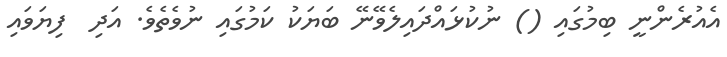
އެއުރެންނީ ބިމުގައި () ނުކުޅައްދައިލެވޭނޭ ބަޔަކު ކަމުގައި ނުވެތެވެ. އަދި  ފިޔަވައި